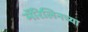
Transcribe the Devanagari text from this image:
मॅरिलिनच्या